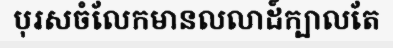
បុរសចំលែកមានលលាដ៍ក្បាលតែ